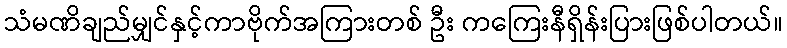
သံမဏိချည်မျှင်နှင့်ကာဗိုက်အကြားတစ် ဦး ကကြေးနီရှိန်းပြားဖြစ်ပါတယ်။